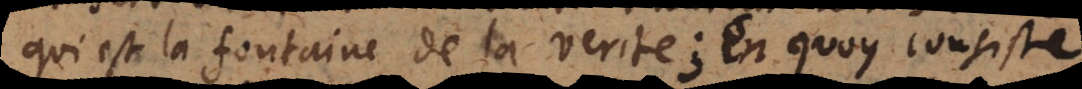
qui est la fontaine de la verité, en quoy consiste